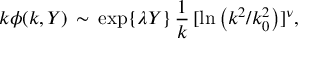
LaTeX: k \phi ( k , Y ) \, \sim \, \exp \{ \lambda Y \} \, { \frac { 1 } { k } } \, [ \ln \left( { k ^ { 2 } } / { k _ { 0 } ^ { 2 } } \right) ] ^ { \nu } ,